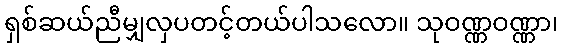
ရှစ်ဆယ်ညီမျှလှပတင့်တယ်ပါသလော။ သုဝဏ္ဏဝဏ္ဏာ၊